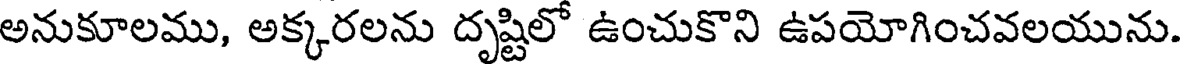
అనుకూలము, అక్కరలను దృష్టిలో ఉంచుకొని ఉపయోగించవలయును.